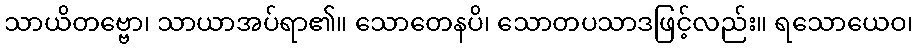
သာယိတဗ္ဗော၊ သာယာအပ်ရာ၏။ သောတေနပိ၊ သောတပသာဒဖြင့်လည်း။ ရသောယေဝ၊